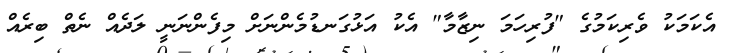
އެކަމަކު ވެރިކަމުގެ "ފުރިހަމަ ނިޒާމާ" އެކު އަޅުގަނޑުމެންނަށް މިފެންނަނީ ލަދެއް ނެތް ބިރެއް